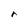
Character: r